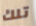
تلك